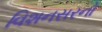
વિશનસરનો